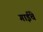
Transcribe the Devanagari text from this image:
गाईंचे